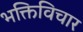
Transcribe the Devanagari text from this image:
भक्तिविचार